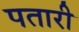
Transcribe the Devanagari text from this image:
पतारी